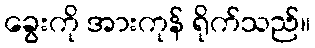
ခွေးကို အားကုန် ရိုက်သည်။